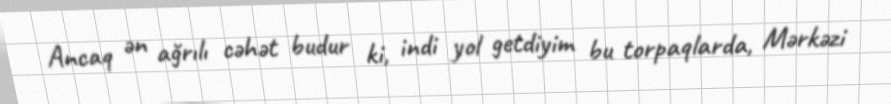
Ancaq ən ağrılı cəhət budur ki, indi yol getdiyim bu torpaqlarda, Mərkəzi